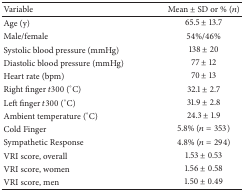
| Variable | Mean ± SD or % (n) |
 | --- | --- |
 | Age (y) | 65.5 ± 13.7 |
 | Male/female | 54%/46% |
 | Systolic blood pressure (mmHg) | 138 ± 20 |
 | Diastolic blood pressure (mmHg) | 77 ± 12 |
 | Heart rate (bpm) | 70 ± 13 |
 | Right finger t300 (°C) | 32.1 ± 2.7 |
 | Left finger t300 (°C) | 31.9 ± 2.8 |
 | Ambient temperature (°C) | 24.3 ± 1.9 |
 | Cold Finger | 5.8% (n = 353) |
 | Sympathetic Response | 4.8% (n = 294) |
 | VRI score, overall | 1.53 ± 0.53 |
 | VRI score, women | 1.56 ± 0.58 |
 | VRI score, men | 1.50 ± 0.49 |